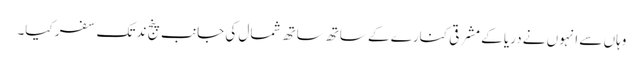
وہاں سے انہوں نے دریا کے مشرقی کنارے کے ساتھ ساتھ شمال کی جانب پنج ند تک سفر کیا۔